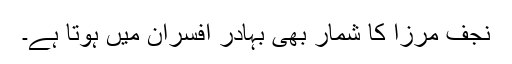
نجف مرزا کا شمار بھی بہادر افسران میں ہوتا ہے۔